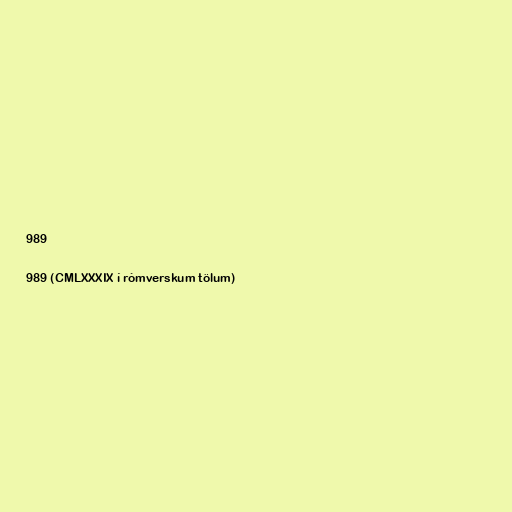
989

989 (CMLXXXIX í rómverskum tölum)